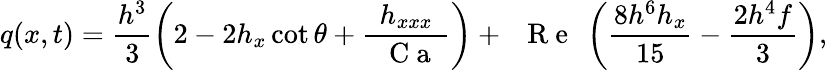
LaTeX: q(x,t)=\frac{h^{3}}{3}\left(2-2h_{x}\cot\theta+\frac{h_{xxx}}{\mathrm{~\textit~{~C~a~}~}}\right)+\mathrm{~\textit~{~R~e~}~}\left(\frac{8h^{6}h_{x}}{15}-\frac{2h^{4}f}{3}\right),